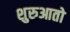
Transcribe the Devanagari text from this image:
शुरुआतो